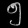
Digit: ၅